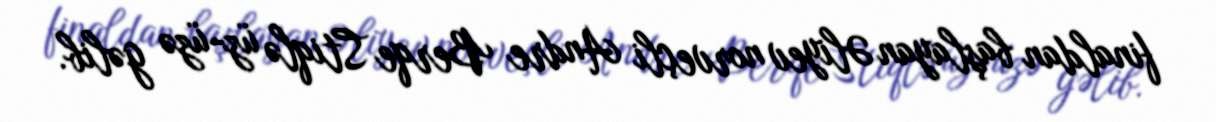
finaldan başlayan Əliyev norveçli Andre Berqe Stiqlə üz-üzə gəlib.